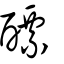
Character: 醥